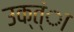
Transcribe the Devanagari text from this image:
उक्त्ंा